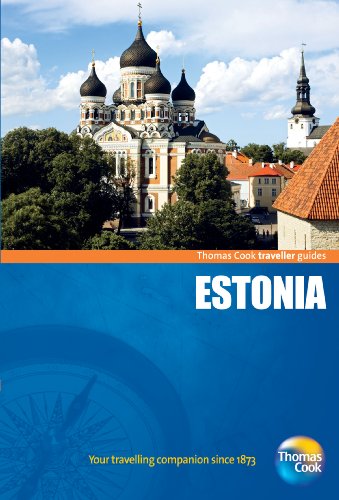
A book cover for Traveller Guides Estonia, 3rd (Travellers - Thomas Cook); Thomas Cook Publishing; Travel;